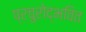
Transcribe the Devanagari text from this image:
प्रचुरोद्भवित